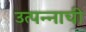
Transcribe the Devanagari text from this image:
उत्पन्‍नाची